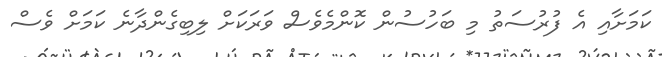
ކަަމަށާއި އެ ފުރުސަތު މި ބަހުސުން ކޮންމެވެސް ވަރަކަށް ލިބިގެންދާނެ ކަމަށް ވެސް